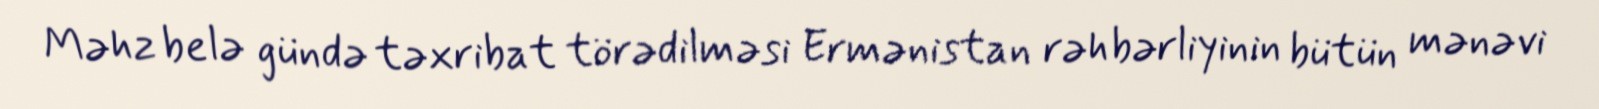
Məhz belə gündə təxribat törədilməsi Ermənistan rəhbərliyinin bütün mənəvi